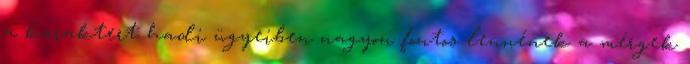
a karaktert hadi ügyeiben nagyon fontos lennének a mérgek